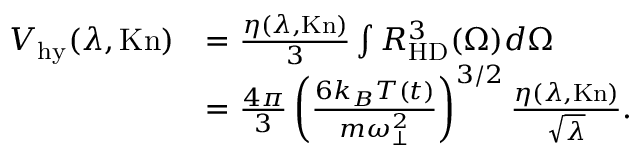
\begin{array} { r l } { { \cal V } _ { \mathrm { h y } } ( \lambda , \mathrm { K n } ) } & { = \frac { \eta ( \lambda , \mathrm { K n } ) } { 3 } \int R _ { \mathrm { H D } } ^ { 3 } ( \Omega ) d \Omega } \\ & { = \frac { 4 \pi } { 3 } \left( \frac { 6 k _ { B } T ( t ) } { m \omega _ { \perp } ^ { 2 } } \right) ^ { 3 / 2 } \frac { \eta ( \lambda , \mathrm { K n } ) } { \sqrt { \lambda } } . } \end{array}